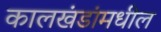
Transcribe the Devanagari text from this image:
कालखंडांमधील